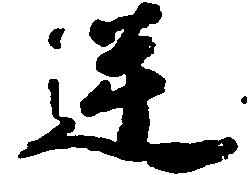
逆